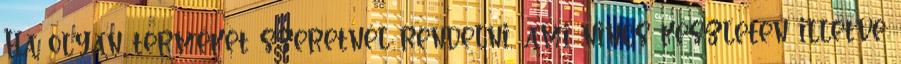
Ha olyan terméket szeretnél rendelni, ami nincs készleten illetve